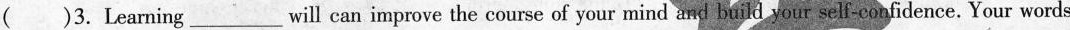
( )3.Learning ____will can improve the course of your mind and build your sef-confidence. Your words